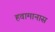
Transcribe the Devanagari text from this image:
हवामानास